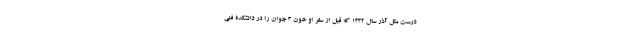
درست مثل آذر سال 1332 که قبل از سفر او خون 3 جوان را در دانشکدۀ فنی